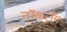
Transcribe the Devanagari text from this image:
नॉकलँग